Vaabina_vallavalitsus, lk 130
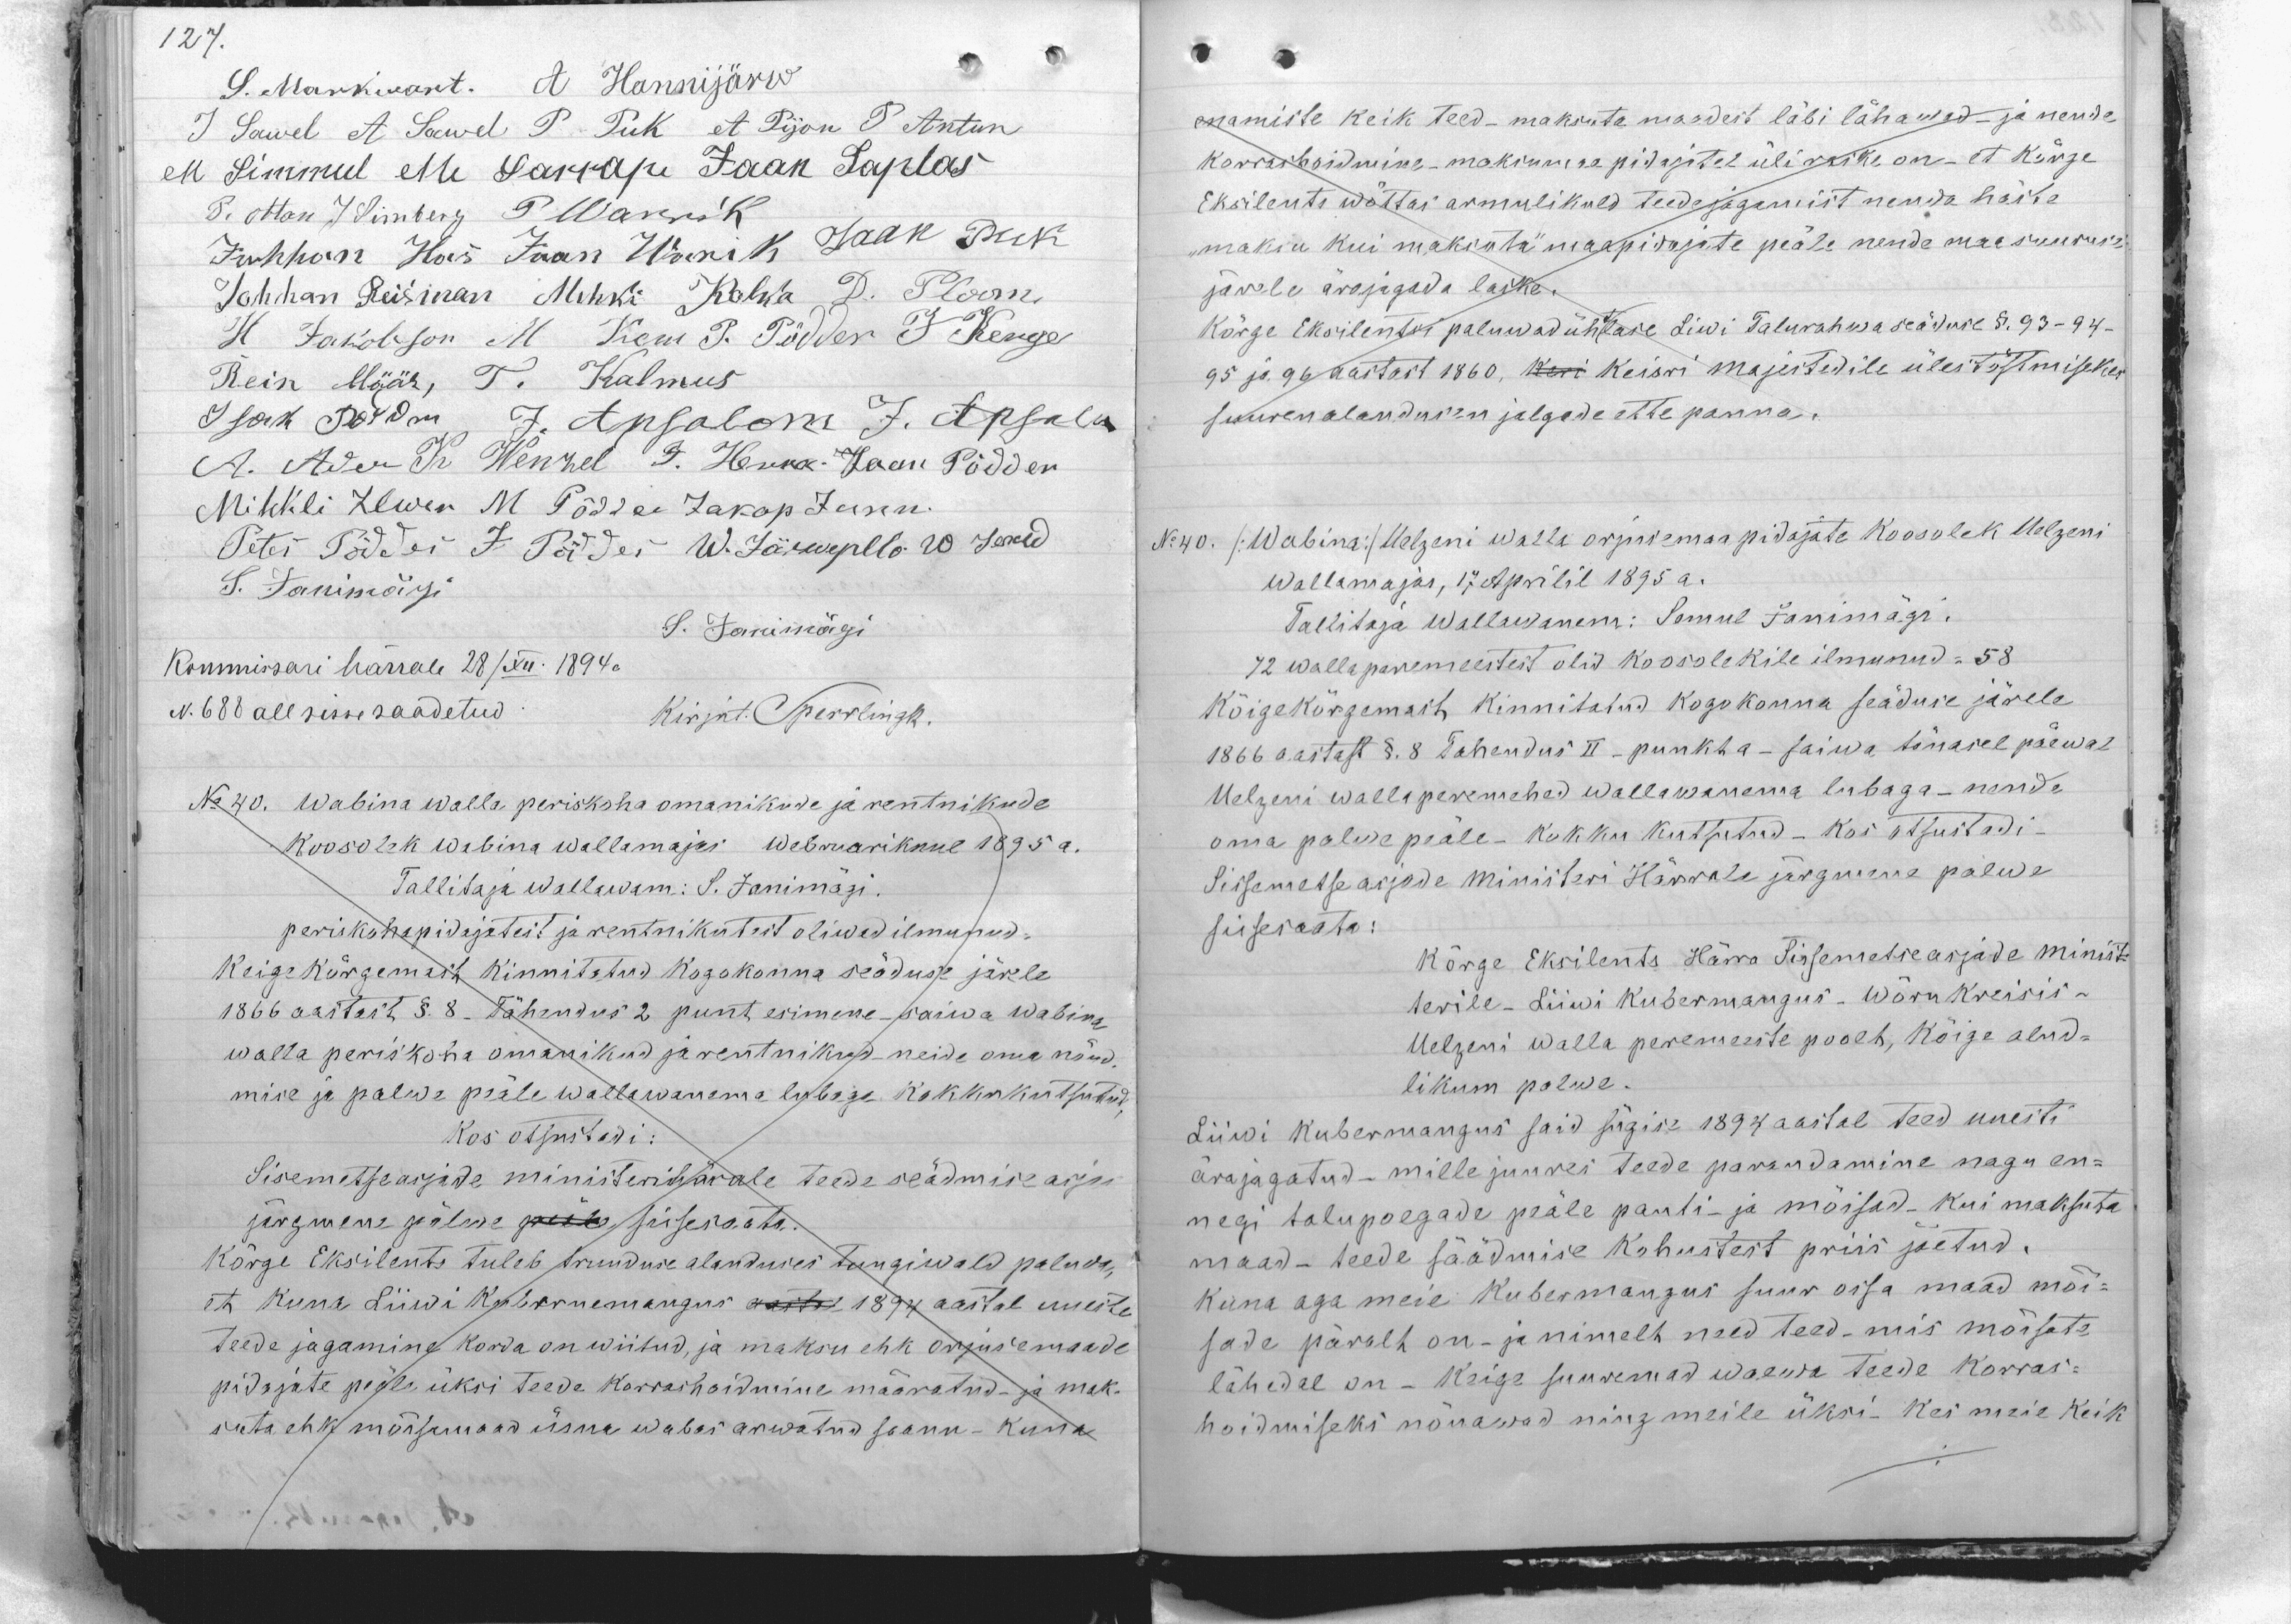
127.

S. Markwant. A Hannijärw
J. Sawel, et Sawel P. Puk, et Pijon P. Antun
H Simmul ette Sarrapi Jaan Saplas
P. Otton J Simberg P. Warrik
Juhhan Hans Jaan Warik Jaak Puk
Johhan Reisman Mehki Kohla D. Ploom
Н. Jakobson M. Kem P. Põdder J. Kerge
Rein Möök, T. Kalmus
Isak Kudm J. Apsalom J. Apsalu
A. Ado K Wenkel J. Herra Jaan Pödder
Mihkli Ilwen M. Põdder Jakop Junn.
Peter Põdder F. Põdder W. Järwepllo 10. Jakud
S. Janimäigi
S. Janimägi
Kommissari härrale 28/XII: 1894 a
N. 688 all sisse saadetud
Kirjut. Sperrlingk.
No 40. Wabina walla periskoha omanikude ja rentnikude
Koosolek wabina wallamajas Webruarikuul 1895 a.
Tallitaja wallawam: S. Janimägi.
periskohapidajatest ja rentnikutest oliwad ilmunud-
Keige kõrgemalt kinnitatud kogokonna seaduse järele
1866 aastast §. 8. tähendus 2 punt esimene saiwa Wabina
walla periskoha omanikud ja rentnikud neide oma nõud-
mise ja palwe päle wallawanema lubaga kokku kutsutud,
Kos otsustadi:
Sisemetseasjade ministerihärale teede seadmise asjas
järgmene palwe pääle sissekta.
Kõrge Eksilents tuleb truuduse alanduses tungiwald paluda,
et kuna Liiwi kubernemangus wastud 1894 aastal uueste
teede jagamine korda on wiitud, ja maksu ehk orjusemaade
pidajate peale üksi teede korrashoidmine määratud ja mak-
suta ehk mõisamaad üsna wabas arwatud saanu- Kuna

enamiste keik teed- maksuta maadest läbi lähewed ja nende
korrashoidmine - maksmise pidajatel üli raske on - et kõrge
Eksilents wõttas armulikult teede jagamist nenda häste
maksu kui maksuta" maapidajate peale nende maa suuruse
järele ära jagada laske.
Kõrge Eksilentsi paluwad ühtlase Liwi Talurahwa seaduse §. 93 - 94 -
95 ja 96 aastast 1860, kui Keisri majestedile ülestõstmiseks
suurem alandusin jalgede ette panna.
N: 40. /Wabina/ Welzeni walla orjudemaks pidajate koosolek Helzeni
Wallamajas, 17 Aprilil 1895 a.
Tallitaja wallawanem: Samuel Janimägi.
72 walla peremeestest olid koosolekile ilmunud - 58
kõige kõrgemast kinnitatud kogokonna seäduse järele
1866 aastast §. 8 Tähendus II - punkt a - saiwa tänasel päewal
Helzeni walla peremehed wallawanema lubaga - nende
oma palwe peale - kokku kutsutud - kas otsustadi -
Sissemesse asjade Ministeri Härrale järgmesse palwe
sissesaata:
kõrge Eksilents Härra Sissemetse asjade minist
terile - Liiwi kubermangus - Wõru kreisis-
uelzeni walla peremeeste poolt, kõige alud-
likum palwe.
Liiwi kubermangus said sügise 1894 aastal teed uuesti
ärajagatud - mille juures teede parandamine nagu en-
negi talupoegade peale panti- ja mõisad kui maksuta
maad - teede säädmise kohustest priis jäetud.
Kuna aga meie Kubermangus suur oisa maad mõi-
sade päralt on- ja nimelt need teed - mis mõisate
lähedal on - Keige suuremad waewa teede korras-
hoidmiseks nõuawad ning meile üksi. Kes meie keik